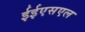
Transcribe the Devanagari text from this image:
ईईएसएल